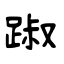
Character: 踧